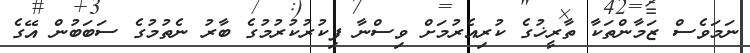
ނަމަވެސް ޒަމާންތަކާ ތާރީޚުގެ ކުރިއެރުމަށް ވިސްނާ ފިކުރުކުރުމުގެ ބާރު ނެތުމުގެ ސަބަބުން އޭގެ